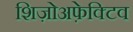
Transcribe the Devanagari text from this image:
शिज़ोअफ़ेक्टिव